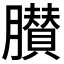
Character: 𦢤